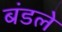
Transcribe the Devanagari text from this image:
बंडले